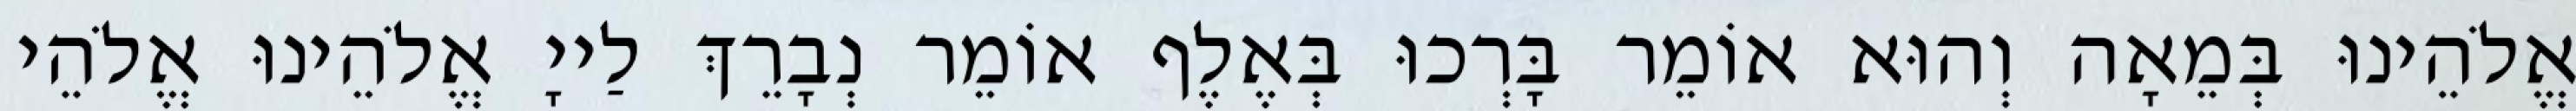
אֱלֹהֵינוּ בְּמֵאָה וְהוּא אוֹמֵר בָּרְכוּ בְּאֶלֶף אוֹמֵר נְבָרֵךְ לַייָ אֱלֹהֵינוּ אֱלֹהֵי